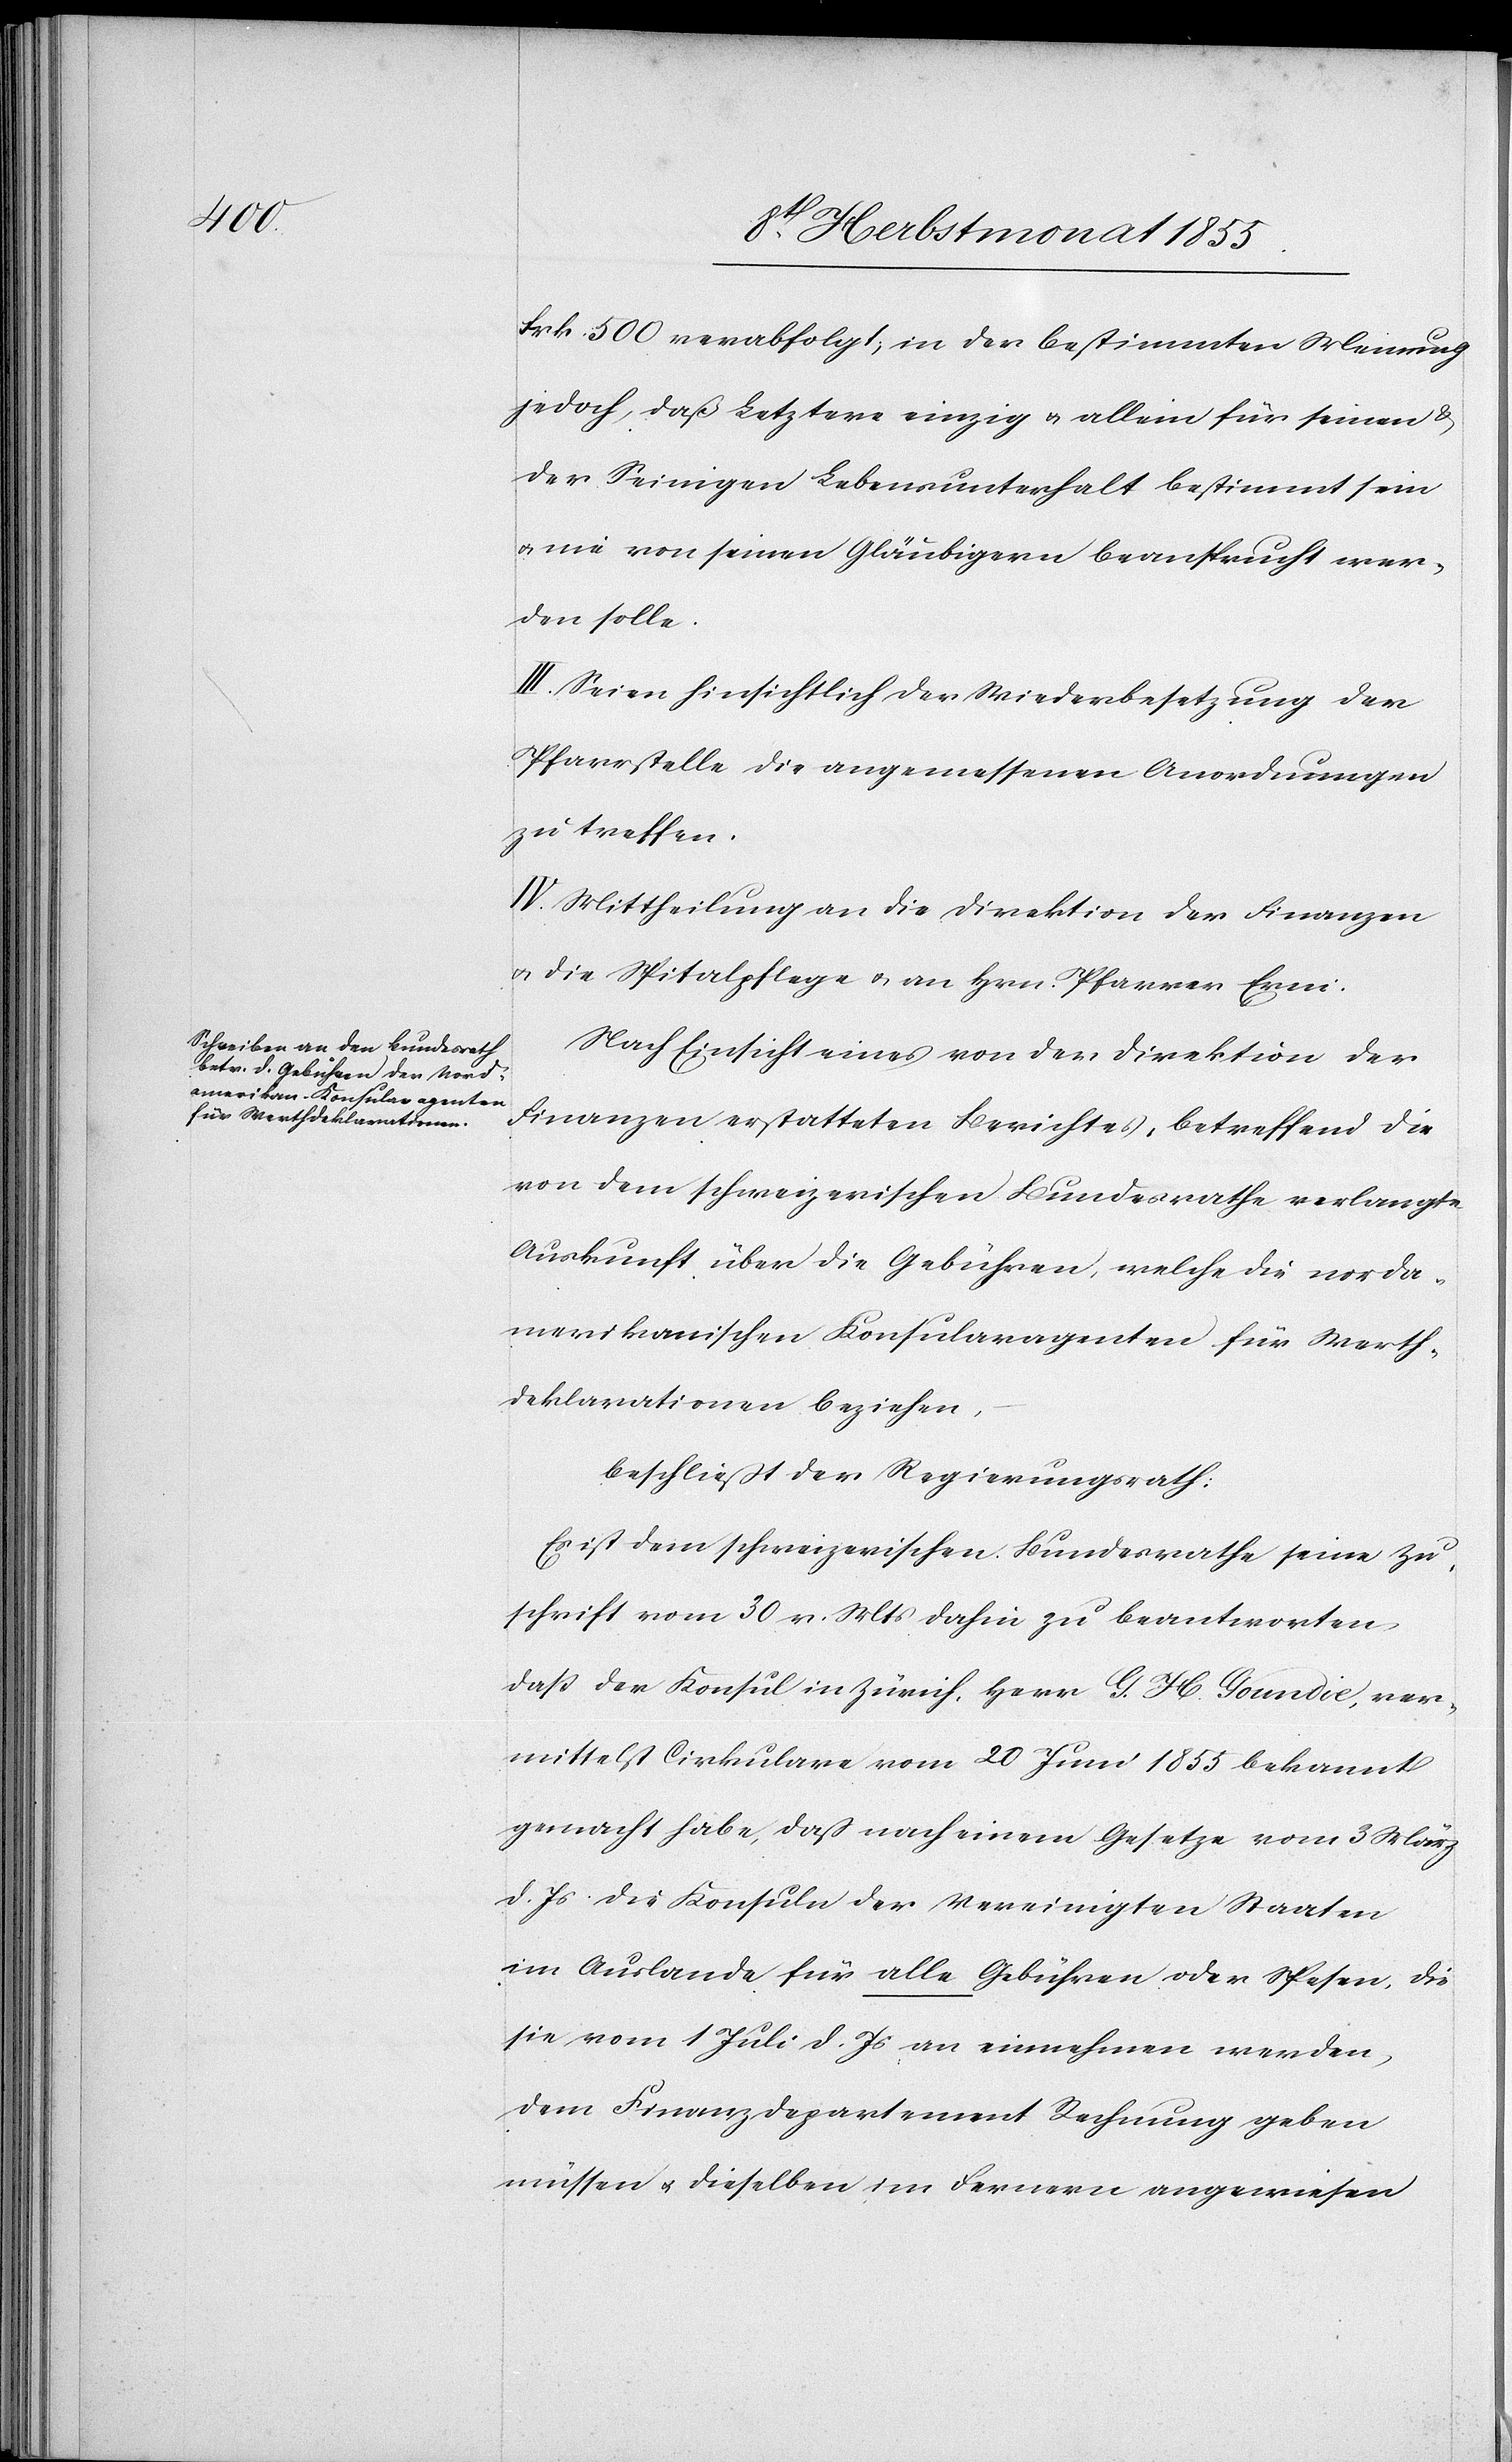
Frk. 500 verabfolgt; in der bestimmten Meinung
jedoch, daß Letztere einzig & allein für seinen &
der Seinigen Lebensunterhalt bestimmt sein
& nie von seinen Gläubigern beansprucht wer¬
den solle.
III. Seien hinsichtlich der Wiederbesetzung der
Pfarrstelle die angemessenen Anordnungen
zu treffen.
IV. Mittheilung an die Direktion der Finanzen
& die Spitalpflege & an Hrn. Pfarrer Erni.
Nach Einsicht eines von der Direktion der
Finanzen erstatteten Berichtes, betreffend die
von dem schweizerischen Bundesrathe verlangte
Auskunft über die Gebühren, welche die norda¬
merikanischen Konsularagenten für Werth¬
deklarationen beziehen,
beschließt der Regierungsrath:
Es ist dem schweizerischen Bundesrathe seine Zu¬
schrift vom 30 v. Mts dahin zu beantworten,
daß der Konsul in Zürich, Herr G. H. Goundie, ver¬
mittelst Cirkulare vom 20 Juni 1855 bekannt
gemacht habe, daß nach einem Gesetze vom 3 März
d. Js die Konsuln der Vereinigten Staaten
im Auslande für alle Gebühren oder Spesen, die
sie vom 1 Juli d. Js an einnehmen werden,
dem Finanzdepartement Rechnung geben
müssen & dieselben im Fernern angewiesen